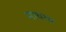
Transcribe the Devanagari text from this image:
माथरम